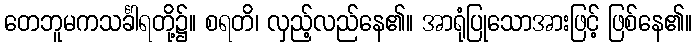
တေဘူမကသင်္ခါရတို့၌။ စရတိ၊ လှည့်လည်နေ၏။ အာရုံပြုသောအားဖြင့် ဖြစ်နေ၏။